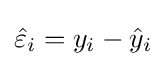
{\hat {\varepsilon }}_{i}=y_{i}-{\hat {y}}_{i}